Scottish Leaving Certificate Examination, 1958
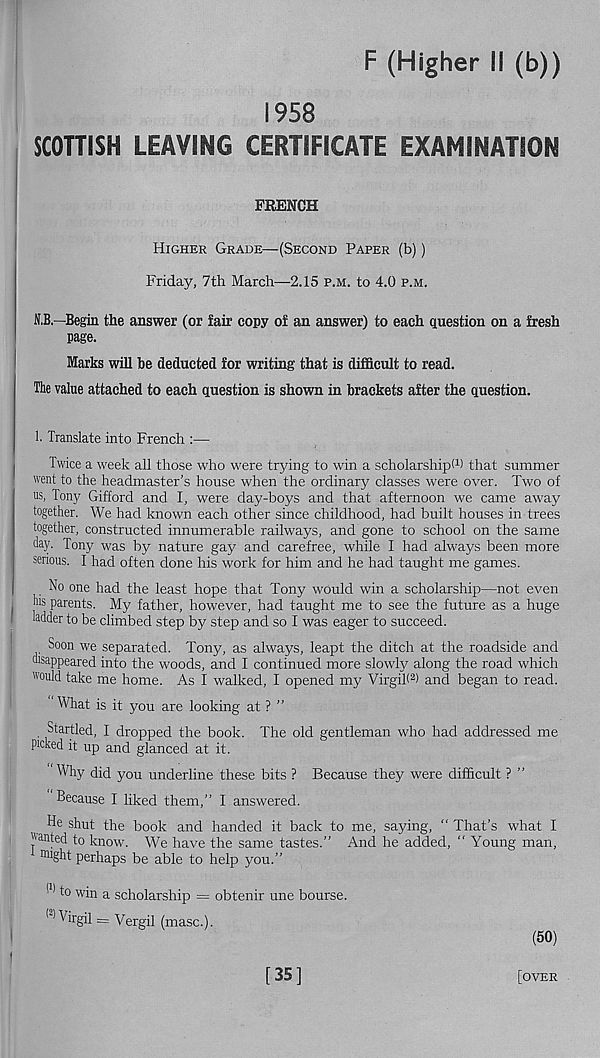
F (Higher II (b))
1958
SCOTTISH LEAVING CERTIFICATE EXAMINATION
FRENCH
Higher Grade—(Second Paper (b))
Friday, 7th March—2.15 p.m. to 4.0 p.m.
N.B.—Begin the answer (or fair copy of an answer) to each question on a fresh
page.
Marks will be deducted for writing that is difficult to read.
The value attached to each question is shown in brackets after the question.
1. Translate into French :—
Twice a week all those who were trying to win a scholarship! 1 ) that summer
went to the headmaster's house when the ordinary classes were over. Two of
us, Tony Gifford and I, were day-boys and that afternoon we came away
together. We had known each other since childhood, had built houses in trees
together, constructed innumerable railways, and gone to school on the same
day. Tony was by nature gay and carefree, while I had always been more
serious. I had often done his work for him and he had taught me games.
No one had the least hope that Tony would win a scholarship—not even
Ms parents. My father, however, had taught me to see the future as a huge
ladder to be climbed step by step and so I was eager to succeed.
Soon we separated. Tony, as always, leapt the ditch at the roadside and
disappeared into the woods, and I continued more slowly along the road which
would take me home. As I walked, I opened my Virgil! 2 ) and began to read.
What is it you are looking at ? ”
Startled, I dropped the book. The old gentleman who had addressed me
picked it up and glanced at it.
Why did you underline these bits ? Because they were difficult ? "
Because I liked them,’’ I answered.
He shut the book and handed it back to me, saying, " That’s what I
''anted to know. We have the same tastes.” And he added, “ Young man,
might perhaps be able to help you.”
(1) to win a scholarship = obtenir une bourse.
(1 Virgil = Vergil (masc.).
(50)
[35]
[over